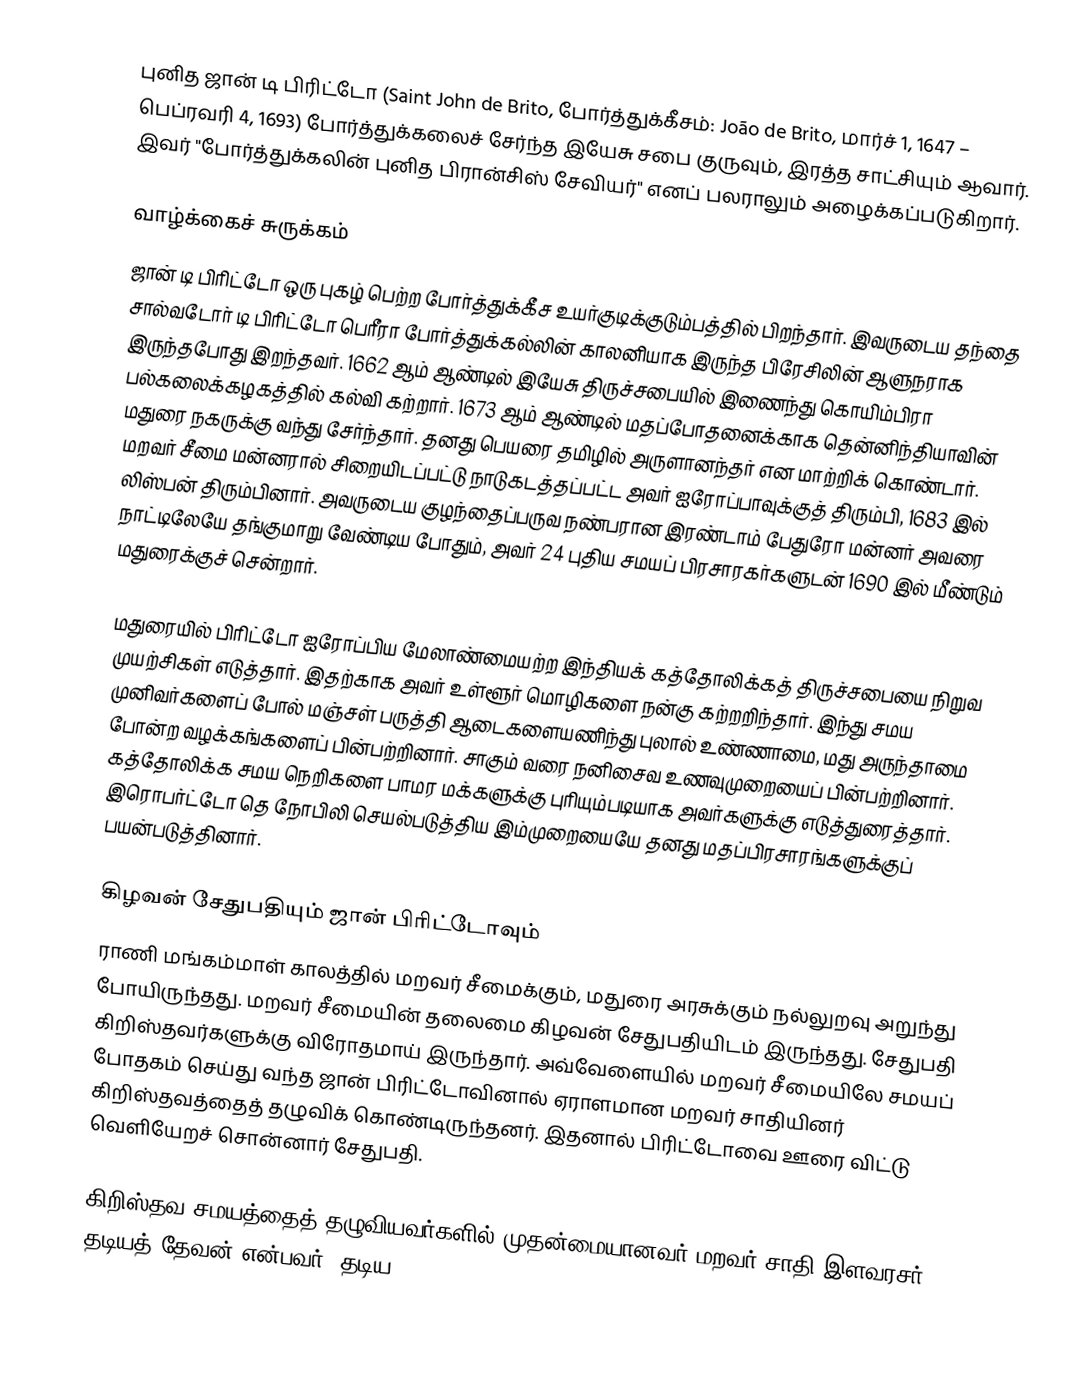
புனித ஜான் டி பிரிட்டோ (Saint John de Brito, போர்த்துக்கீசம்: João de Brito, மார்ச் 1, 1647 – பெப்ரவரி 4, 1693) போர்த்துக்கலைச் சேர்ந்த இயேசு சபை குருவும், இரத்த சாட்சியும் ஆவார். இவர் "போர்த்துக்கலின் புனித பிரான்சிஸ் சேவியர்" எனப் பலராலும் அழைக்கப்படுகிறார்.

வாழ்க்கைச் சுருக்கம்
ஜான் டி பிரிட்டோ ஒரு புகழ் பெற்ற போர்த்துக்கீச உயர்குடிக்குடும்பத்தில் பிறந்தார். இவருடைய தந்தை சால்வடோர் டி பிரிட்டோ பெரீரா போர்த்துக்கல்லின் காலனியாக இருந்த பிரேசிலின் ஆளுநராக இருந்தபோது இறந்தவர். 1662 ஆம் ஆண்டில் இயேசு திருச்சபையில் இணைந்து கொயிம்பிரா பல்கலைக்கழகத்தில் கல்வி கற்றார். 1673 ஆம் ஆண்டில் மதப்போதனைக்காக தென்னிந்தியாவின் மதுரை நகருக்கு வந்து சேர்ந்தார். தனது பெயரை தமிழில் அருளானந்தர் என மாற்றிக் கொண்டார். மறவர் சீமை மன்னரால் சிறையிடப்பட்டு நாடுகடத்தப்பட்ட அவர் ஐரோப்பாவுக்குத் திரும்பி, 1683 இல் லிஸ்பன் திரும்பினார். அவருடைய குழந்தைப்பருவ நண்பரான இரண்டாம் பேதுரோ மன்னர் அவரை நாட்டிலேயே தங்குமாறு வேண்டிய போதும், அவர் 24 புதிய சமயப் பிரசாரகர்களுடன் 1690 இல் மீண்டும் மதுரைக்குச் சென்றார்.

மதுரையில் பிரிட்டோ ஐரோப்பிய மேலாண்மையற்ற இந்தியக் கத்தோலிக்கத் திருச்சபையை நிறுவ முயற்சிகள் எடுத்தார். இதற்காக அவர் உள்ளூர் மொழிகளை நன்கு கற்றறிந்தார். இந்து சமய முனிவர்களைப் போல் மஞ்சள் பருத்தி ஆடைகளையணிந்து புலால் உண்ணாமை, மது அருந்தாமை போன்ற வழக்கங்களைப் பின்பற்றினார். சாகும் வரை நனிசைவ உணவுமுறையைப் பின்பற்றினார். கத்தோலிக்க சமய நெறிகளை பாமர மக்களுக்கு புரியும்படியாக அவர்களுக்கு எடுத்துரைத்தார். இரொபர்ட்டோ தெ நோபிலி செயல்படுத்திய இம்முறையையே தனது மதப்பிரசாரங்களுக்குப் பயன்படுத்தினார்.

கிழவன் சேதுபதியும் ஜான் பிரிட்டோவும்
ராணி மங்கம்மாள் காலத்தில் மறவர் சீமைக்கும், மதுரை அரசுக்கும் நல்லுறவு அறுந்து போயிருந்தது. மறவர் சீமையின் தலைமை  கிழவன் சேதுபதியிடம் இருந்தது.   சேதுபதி கிறிஸ்தவர்களுக்கு விரோதமாய் இருந்தார். அவ்வேளையில் மறவர் சீமையிலே சமயப் போதகம் செய்து வந்த ஜான் பிரிட்டோவினால் ஏராளமான மறவர் சாதியினர் கிறிஸ்தவத்தைத் தழுவிக் கொண்டிருந்தனர். இதனால் பிரிட்டோவை ஊரை விட்டு வெளியேறச் சொன்னார் சேதுபதி.

கிறிஸ்தவ சமயத்தைத் தழுவியவர்களில் முதன்மையானவர் மறவர் சாதி இளவரசர் தடியத் தேவன் என்பவர். தடிய